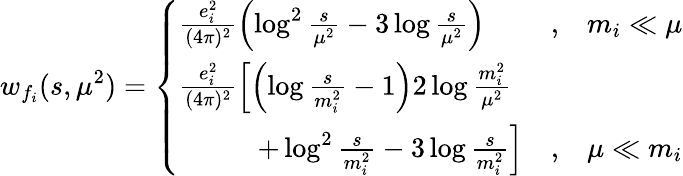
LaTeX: w_{f_{i}}(s,\mu^{2})=\left\{ \begin{array}{lc}{{\frac{e_{i}^{2}}{(4\pi)^{2}}\left(\log^{2}\frac{s}{\mu^{2}}-3\log\frac{s}{\mu^{2}}\right)}}&{{,\; \; \; m_{i}\ll\mu}}\\ {{\frac{e_{i}^{2}}{(4\pi)^{2}}\left[\left(\log\frac{s}{m_{i}^{2}}-1\right)2\log\frac{m_{i}^{2}}{\mu^{2}}\right.}}\\ {{\left.\; \; \; \; \; \; \; \; \; \; +\log^{2}\frac{s}{m_{i}^{2}}-3\log\frac{s}{m_{i}^{2}}\right]}}&{{,\; \; \; \mu\ll m_{i}}}\end{array}\right.